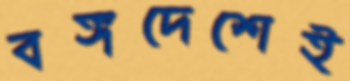
বঙ্গদেশেই